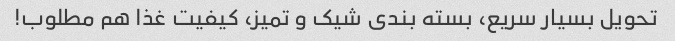
تحویل بسیار سریع، بسته بندی شیک و تمیز، کیفیت غذا هم مطلوب!